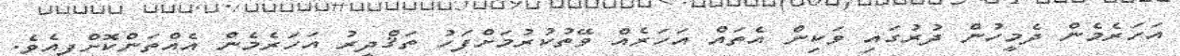
އަހަރެމެން ދެމީހުން ދުރުގައި ވަކިން އެތައް އަހަރެއް ވޭތުކުރުމަށްފަހު ތަޤްދީރު އަހަރެމެން އެއްތަންކޮށްފިއެވެ.